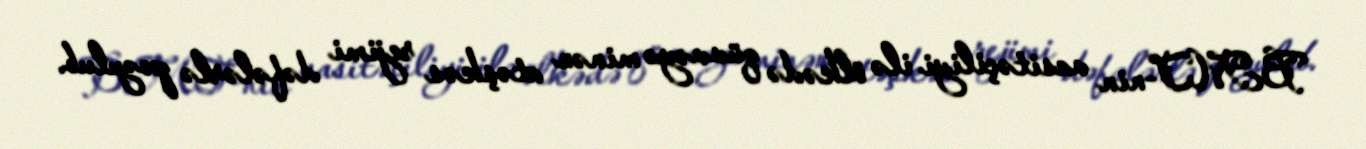
BMT-nin vasitəçiliyi ilə ölkədə qüvvəyə minən atəşkəs rejimi dəfələrlə pozulub.